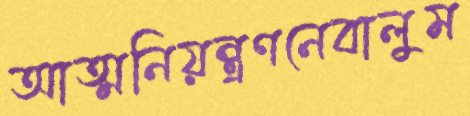
আত্মনিয়ন্ত্রণনেবালুম